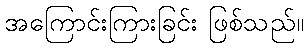
အကြောင်းကြားခြင်း ဖြစ်သည်။